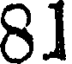
81